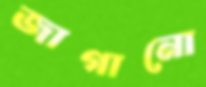
জাগানো